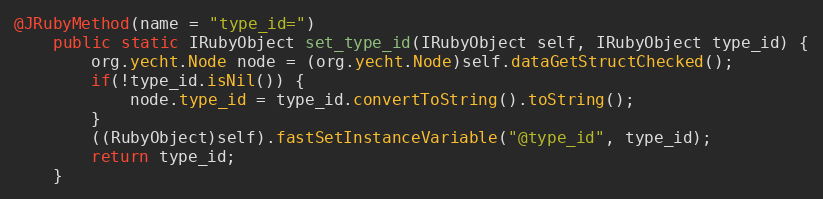
Language: Java
@JRubyMethod(name = "type_id=")
    public static IRubyObject set_type_id(IRubyObject self, IRubyObject type_id) {
        org.yecht.Node node = (org.yecht.Node)self.dataGetStructChecked();
        if(!type_id.isNil()) {
            node.type_id = type_id.convertToString().toString();
        }
        ((RubyObject)self).fastSetInstanceVariable("@type_id", type_id);
        return type_id;
    }